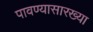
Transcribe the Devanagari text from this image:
पावण्यासारख्या